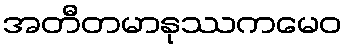
အတီတမာနုဿကမေဝ